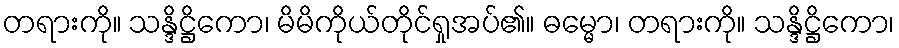
တရားကို။ သန္ဒိဋ္ဌိကော၊ မိမိကိုယ်တိုင်ရှုအပ်၏။ ဓမ္မော၊ တရားကို။ သန္ဒိဋ္ဌိကော၊